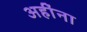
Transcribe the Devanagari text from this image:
अहींना